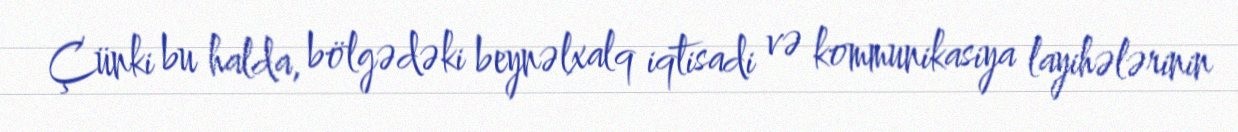
Çünki bu halda, bölgədəki beynəlxalq iqtisadi və kommunikasiya layihələrinin